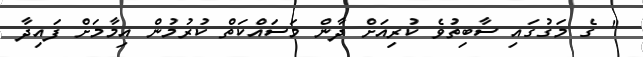
" ގެ މަގުގައި ސާބިތުވެ ކުރިއަށް ދާން މަސައްކަތް ކުރުމުން އިމާމަށް ފައިދާ